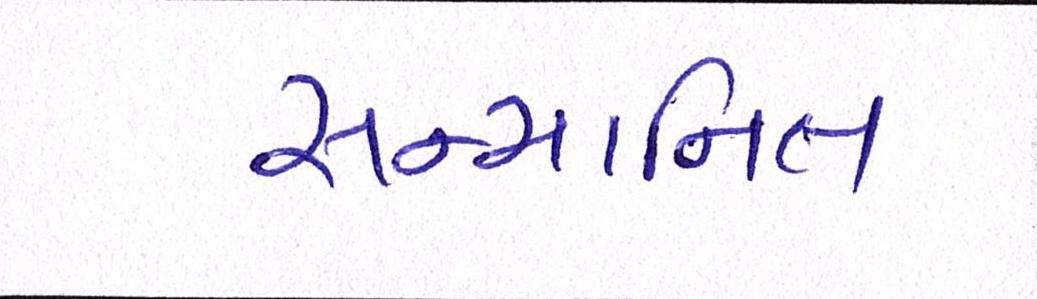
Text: સન્માનિત